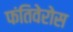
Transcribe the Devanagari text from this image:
फंतिवेरोस